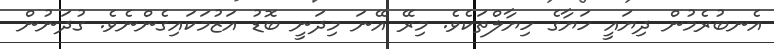
އެނބުރެމުން ދިޔައީ ހަޔާގެ ހިޔާލްތަކެވެ. މިރޭ އޭނަ މިދަނީ ބޮޑު އަޒުމަކައިގެންނެވެ. ގުދަނުން